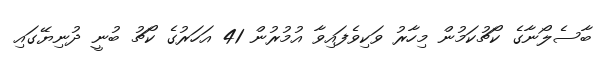
ބާސެލޯނާގެ ކޯޗުކަމުން މިހާރު ވަކިވެފައިވާ އުމުރުން 41 އަހަރުގެ ކޯޗު ބުނީ ދުނިޔޭގައި